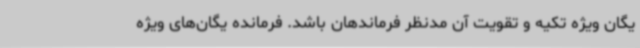
یگان ویژه تکیه و تقویت آن مدنظر فرماندهان باشد. فرمانده یگان‌های ویژه